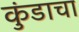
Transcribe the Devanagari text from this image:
कुंडाचा